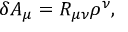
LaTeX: \delta A _ { \mu } = R _ { \mu \nu } \rho ^ { \nu } ,